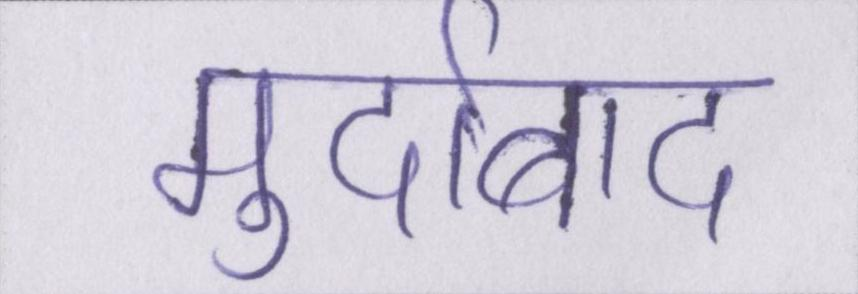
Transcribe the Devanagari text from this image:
मुर्दाबाद